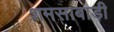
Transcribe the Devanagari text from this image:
शमसाबाड़ी